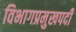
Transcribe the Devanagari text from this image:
विभागप्रमुखपदी